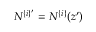
N ^ { \{ i \} ^ { \prime } } = N ^ { \{ i \} } ( z ^ { \prime } )